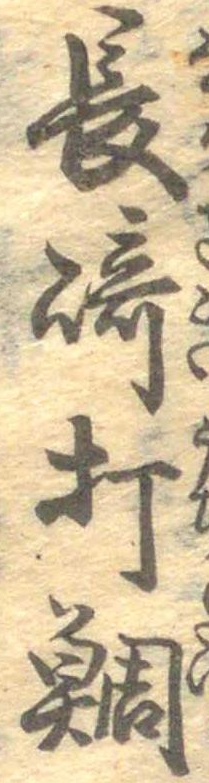
長崎打鯛